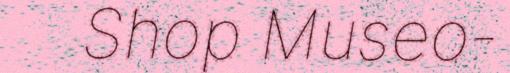
Shop Museo-